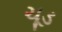
ચૂડ